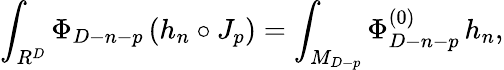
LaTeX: \int_{R^{D}}\Phi_{D-n-p}\, (h_{n}\circ J_{p})=\int_{M_{D-p}}\Phi_{D-n-p}^{(0)}\, h_{n},